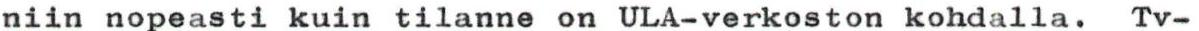
niin nopeasti kuin tilanne on ULA-verkoston kohdalla. Tv-